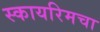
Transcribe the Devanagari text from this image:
स्कायरिमचा